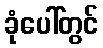
ခုံပေါ်တွင်